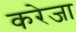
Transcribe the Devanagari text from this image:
करेजा